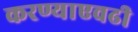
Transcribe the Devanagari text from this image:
करण्याएवढी